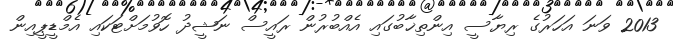
2013 ވަނަ އަހަރުގެ ރިޔާސީ އިންތިޚާބުގައި އެއްބުރުން ރައީސް ނަޝީދު ހޮވުމަށްޓަކައި އެމްޑީޕީއިން